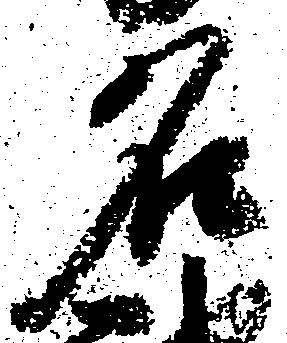
名